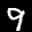
Digit: 9